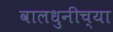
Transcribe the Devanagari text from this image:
वालधुनीच्या